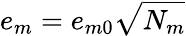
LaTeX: e_{m}=e_{m0}\sqrt{N_{m}}